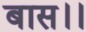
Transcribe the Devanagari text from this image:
बास।।